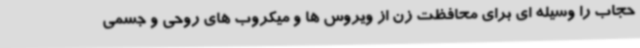
حجاب را وسیله ای برای محافظت زن از ویروس ها و میکروب های روحی و جسمی